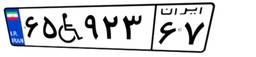
۶۵W۹۲۳۶۷